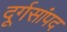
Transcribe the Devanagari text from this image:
दूर्गसांपद